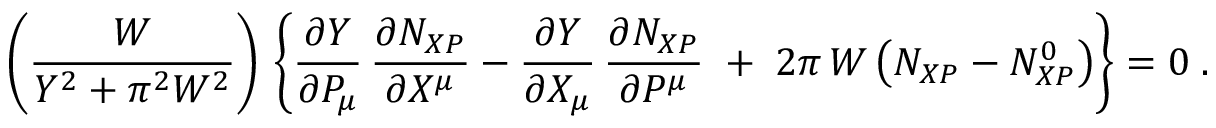
\nonumber \left( \frac { { \cal W } } { { \cal Y } ^ { 2 } + \pi ^ { 2 } { \cal W } ^ { 2 } } \right) \, \left\{ \frac { \partial { \cal Y } } { \partial P _ { \mu } } \, \frac { \partial N _ { X P } } { \partial X ^ { \mu } } - \frac { \partial { \cal Y } } { \partial X _ { \mu } } \, \frac { \partial N _ { X P } } { \partial P ^ { \mu } } \; + \; 2 \pi \, { \cal W } \left( N _ { X P } - N _ { X P } ^ { 0 } \right) \right\} = 0 \; .